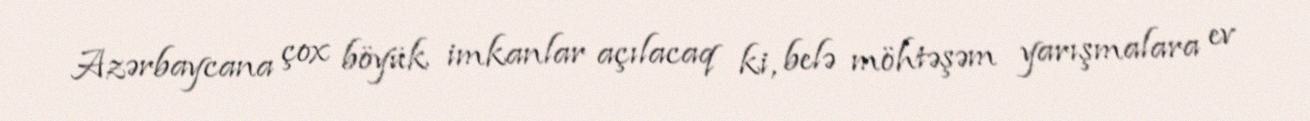
Azərbaycana çox böyük imkanlar açılacaq ki, belə möhtəşəm yarışmalara ev